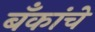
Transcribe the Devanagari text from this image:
बॅंकांचे